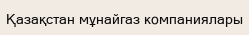
Қазақстан мұнайгаз компаниялары